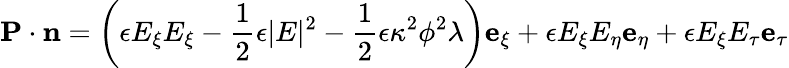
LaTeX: \mathbf{P}\cdot\mathbf{n}=\left(\epsilon E_{\xi}E_{\xi}-\frac{1}{2}\epsilon|E|^{2}-\frac{1}{2}\epsilon\kappa^{2}\phi^{2}\lambda\right)\mathbf{e}_{\xi}+\epsilon E_{\xi}E_{\eta}\mathbf{e}_{\eta}+\epsilon E_{\xi}E_{\tau}\mathbf{e}_{\tau}